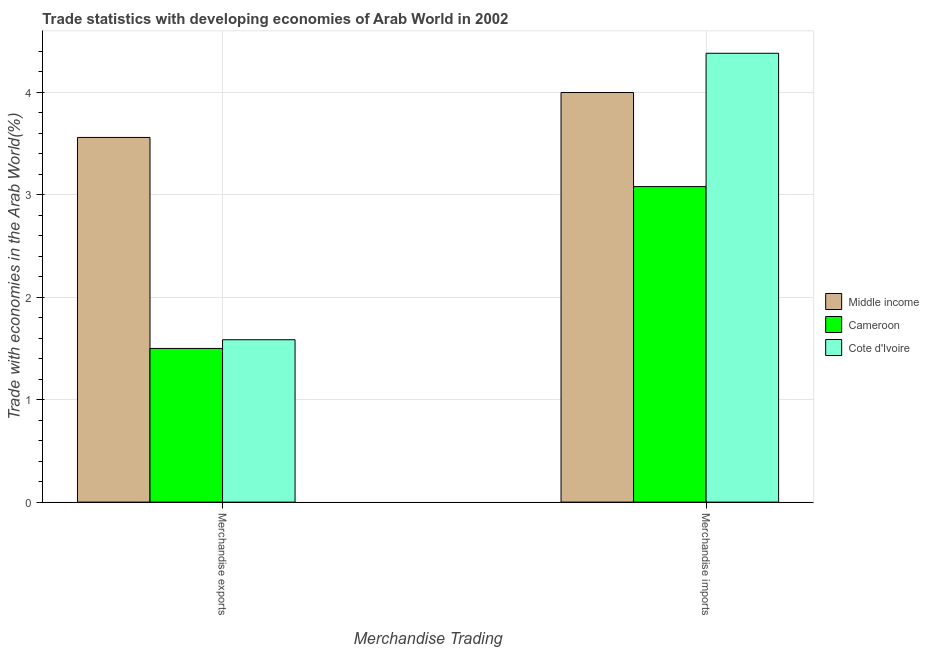
| Merchandise Trading | Middle income | Cameroon | Cote d'Ivoire |
 | --- | --- | --- | --- |
 | Merchandise exports | 3.56 | 1.5 | 1.58 |
 | Merchandise imports | 4 | 3.08 | 4.38 |